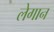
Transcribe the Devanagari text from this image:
लेगान